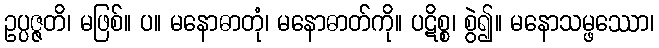
ဥပ္ပဇ္ဇတိ၊ မဖြစ်။ ပ။ မနောဓာတုံ၊ မနောဓာတ်ကို။ ပဋိစ္စ၊ စွဲ၍။ မနောသမ္ဖဿော၊